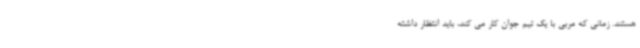
هستند. زمانی که مربی با یک تیم جوان کار می کند، باید انتظار داشته